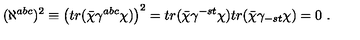
( \aleph ^ { a b c } ) ^ { 2 } \equiv \left( t r ( \bar { \chi } \gamma ^ { a b c } \chi ) \right) ^ { 2 } = t r ( \bar { \chi } \gamma ^ { - s t } \chi ) t r ( \bar { \chi } \gamma _ { - s t } \chi ) = 0 \ .